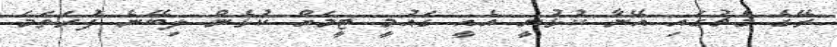
ރޭގެ މެޗުގައި އޭނާ ކުޅުނީ އެއީ ގައުމީ ޓީމަށް ކުޅެން ލިބޭނެ ފުރަތަމަ